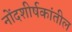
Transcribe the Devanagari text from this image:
नोंदशीर्षकांतील